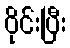
ဝိုင်းပြီး